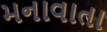
મનાવાતા